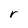
Character: r